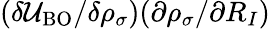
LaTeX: (\delta{\cal U}_{\mathrm{BO}}/\delta{\rho_{\sigma}})(\partial{\mathbf\rho_{\sigma}}/\partial R_{I})